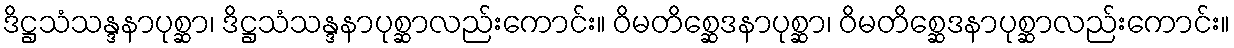
ဒိဋ္ဌသံသန္ဒနာပုစ္ဆာ၊ ဒိဋ္ဌသံသန္ဒနာပုစ္ဆာလည်းကောင်း။ ဝိမတိစ္ဆေဒနာပုစ္ဆာ၊ ဝိမတိစ္ဆေဒနာပုစ္ဆာလည်းကောင်း။